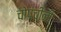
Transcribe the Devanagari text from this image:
चोपचीनी